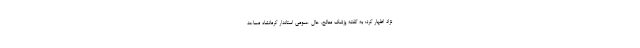
نژاد اظهار کرد: به گفته پزشک معالج، حال عمومی استاندار کرمانشاه مساعد